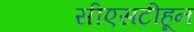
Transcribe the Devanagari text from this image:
सीएसटीहून